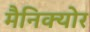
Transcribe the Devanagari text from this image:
मैनिक्योर